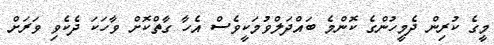
މީގެ ކުރިން ދެމީހުންގެ ކޮންމެ ބައްދަލްވުމަކީވެސް އެހާ ގާތްކޮށް ވާހަކަ ދެކެވި ވަރަށް